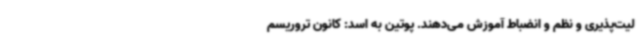
لیت‌پذیری و نظم و انضباط آموزش می‌دهند. پوتین به اسد: کانون تروریسم